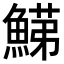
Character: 𩹋